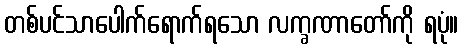
တစ်ပင်သာပေါက်ရောက်ရသော လက္ခဏာတော်ကို ရပုံ။